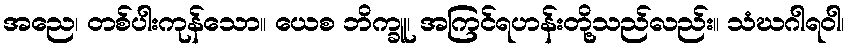
အညေ၊ တစ်ပါးကုန်သော။ ယေစ ဘိက္ခူ၊ အကြင်ရဟန်းတို့သည်လည်း။ သံဃဂါရဝါ၊